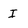
Character: I